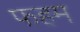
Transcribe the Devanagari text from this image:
फहम